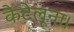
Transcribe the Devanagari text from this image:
कैटेलूना।